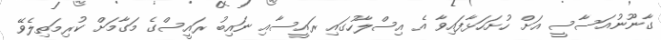
ގާނޫނުއަސާސީ އަށް ހުށަހަޅާފައިވާ އެ އިސްލާހުގައި ރައީސާއި ނައިބު ރައީސްގެ މަގާމަށް ކުރިމަތިލެވޭ